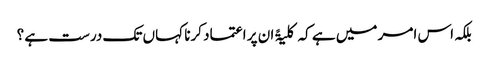
بلکہ اس امر میں ہے کہ کلیۃً ان پر اعتماد کرنا کہاں تک درست ہے ؟